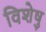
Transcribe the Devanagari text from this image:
विशेषु